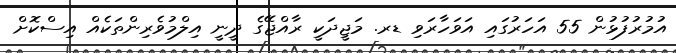
އުމުރުފުޅުން 55 އަހަރުގައި އަވަހާރަވި ޑރ. މަޖީދަކީ ރާއްޖޭގެ ދީނީ އިލްމުވެރިންތަކެއް އިސްކޮށް